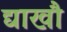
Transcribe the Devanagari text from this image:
द्याखौ